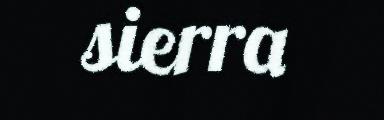
sierra